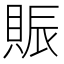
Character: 賑